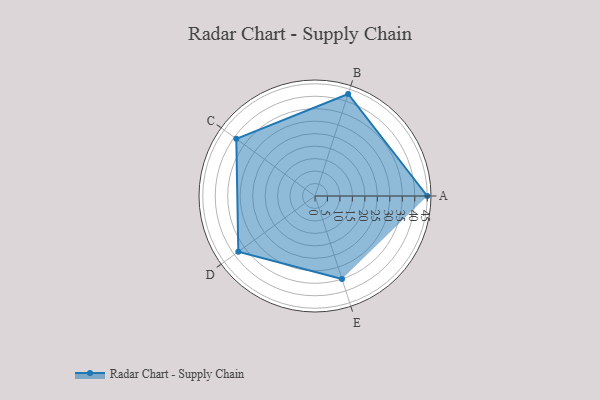
{"axis": {"x": "Skill", "y": "Score"}, "legend": ["Profile"], "data": [{"x": "A", "y": 45.0, "type": "Profile"}, {"x": "B", "y": 43.0, "type": "Profile"}, {"x": "C", "y": 39.0, "type": "Profile"}, {"x": "D", "y": 38.0, "type": "Profile"}, {"x": "E", "y": 35.0, "type": "Profile"}]}